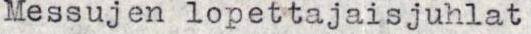
Messujen lopettajaisjuhlat